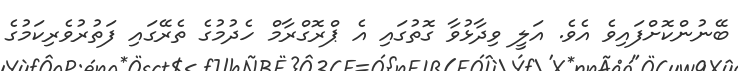
ބޭނުންކޮށްފައިވެ އެވެ. އަލީ ވިދާޅުވާ ގޮތުގައި އެ ޕްރޮގްރާމް ހެދުމުގެ ތެރޭގައި ފަތުރުވެރިކަމުގެ